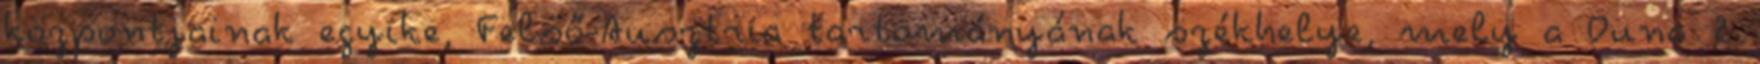
központjainak egyike, Felső-Ausztria tartományának székhelye, mely a Duna 2